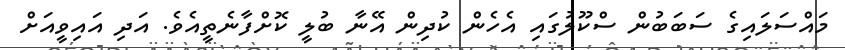
މައްސަލައިގެ ސަބަބުން ސްކޫލުގައި އެހެން ކުދިން އޭނާ ބުލީ ކޮށްފާނެތީއެވެ. އަދި އައިވީއަށް